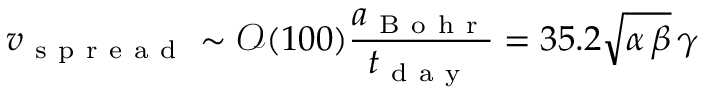
v _ { \mathrm { ~ s ~ p ~ r ~ e ~ a ~ d ~ } } \sim \mathcal { O } ( 1 0 0 ) \frac { a _ { \mathrm { ~ B ~ o ~ h ~ r ~ } } } { t _ { \mathrm { ~ d ~ a ~ y ~ } } } = 3 5 . 2 \sqrt { \alpha \, \beta } \, \gamma